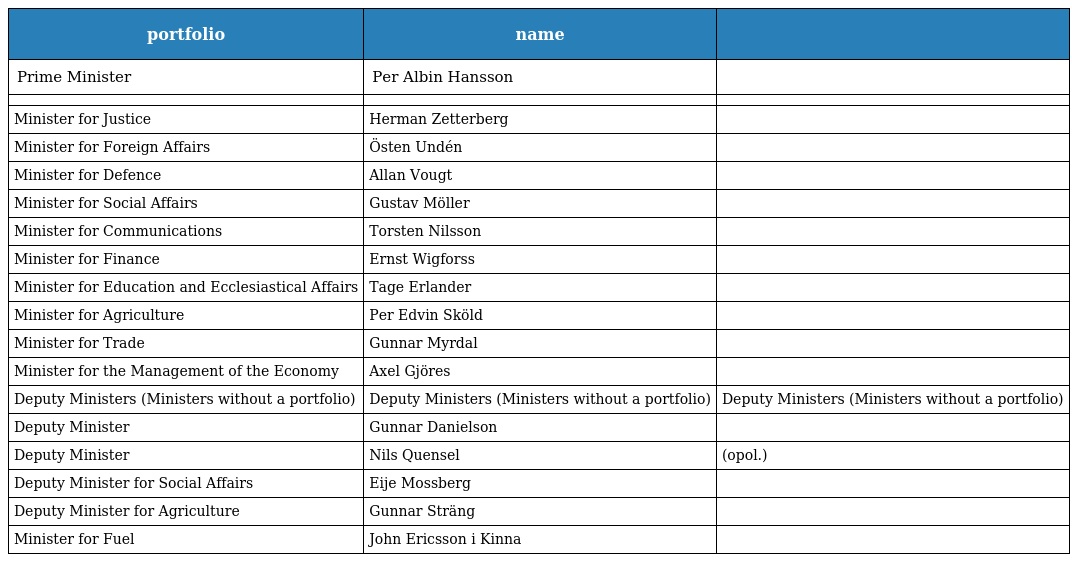
| portfolio | name |  |
 | --- | --- | --- |
 | Prime Minister | Per Albin Hansson |  |
 |  |  |  |
 | Minister for Justice | Herman Zetterberg |  |
 | Minister for Foreign Affairs | Östen Undén |  |
 | Minister for Defence | Allan Vougt |  |
 | Minister for Social Affairs | Gustav Möller |  |
 | Minister for Communications | Torsten Nilsson |  |
 | Minister for Finance | Ernst Wigforss |  |
 | Minister for Education and Ecclesiastical Affairs | Tage Erlander |  |
 | Minister for Agriculture | Per Edvin Sköld |  |
 | Minister for Trade | Gunnar Myrdal |  |
 | Minister for the Management of the Economy | Axel Gjöres |  |
 | Deputy Ministers (Ministers without a portfolio) | Deputy Ministers (Ministers without a portfolio) | Deputy Ministers (Ministers without a portfolio) |
 | Deputy Minister | Gunnar Danielson |  |
 | Deputy Minister | Nils Quensel | (opol.) |
 | Deputy Minister for Social Affairs | Eije Mossberg |  |
 | Deputy Minister for Agriculture | Gunnar Sträng |  |
 | Minister for Fuel | John Ericsson i Kinna |  |